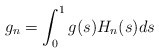
\begin{align*}g_n = \int_0^1g(s)H_n(s)ds\end{align*}